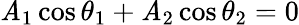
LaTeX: \mathit{A}_{1}\cos\theta_{1}+\mathit{A}_{2}\cos\theta_{2}=0